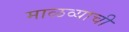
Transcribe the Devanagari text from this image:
माळव्याची